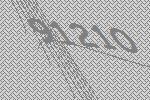
91210